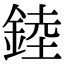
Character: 錴